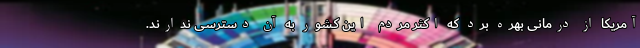
آمریکا از درمانی بهره برد که اکثر مردم این کشور به آن دسترسی ندارند.